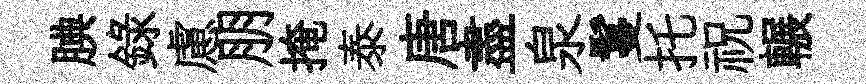
腆錄慮朋掩泰唐盡泉鬘托祝輾